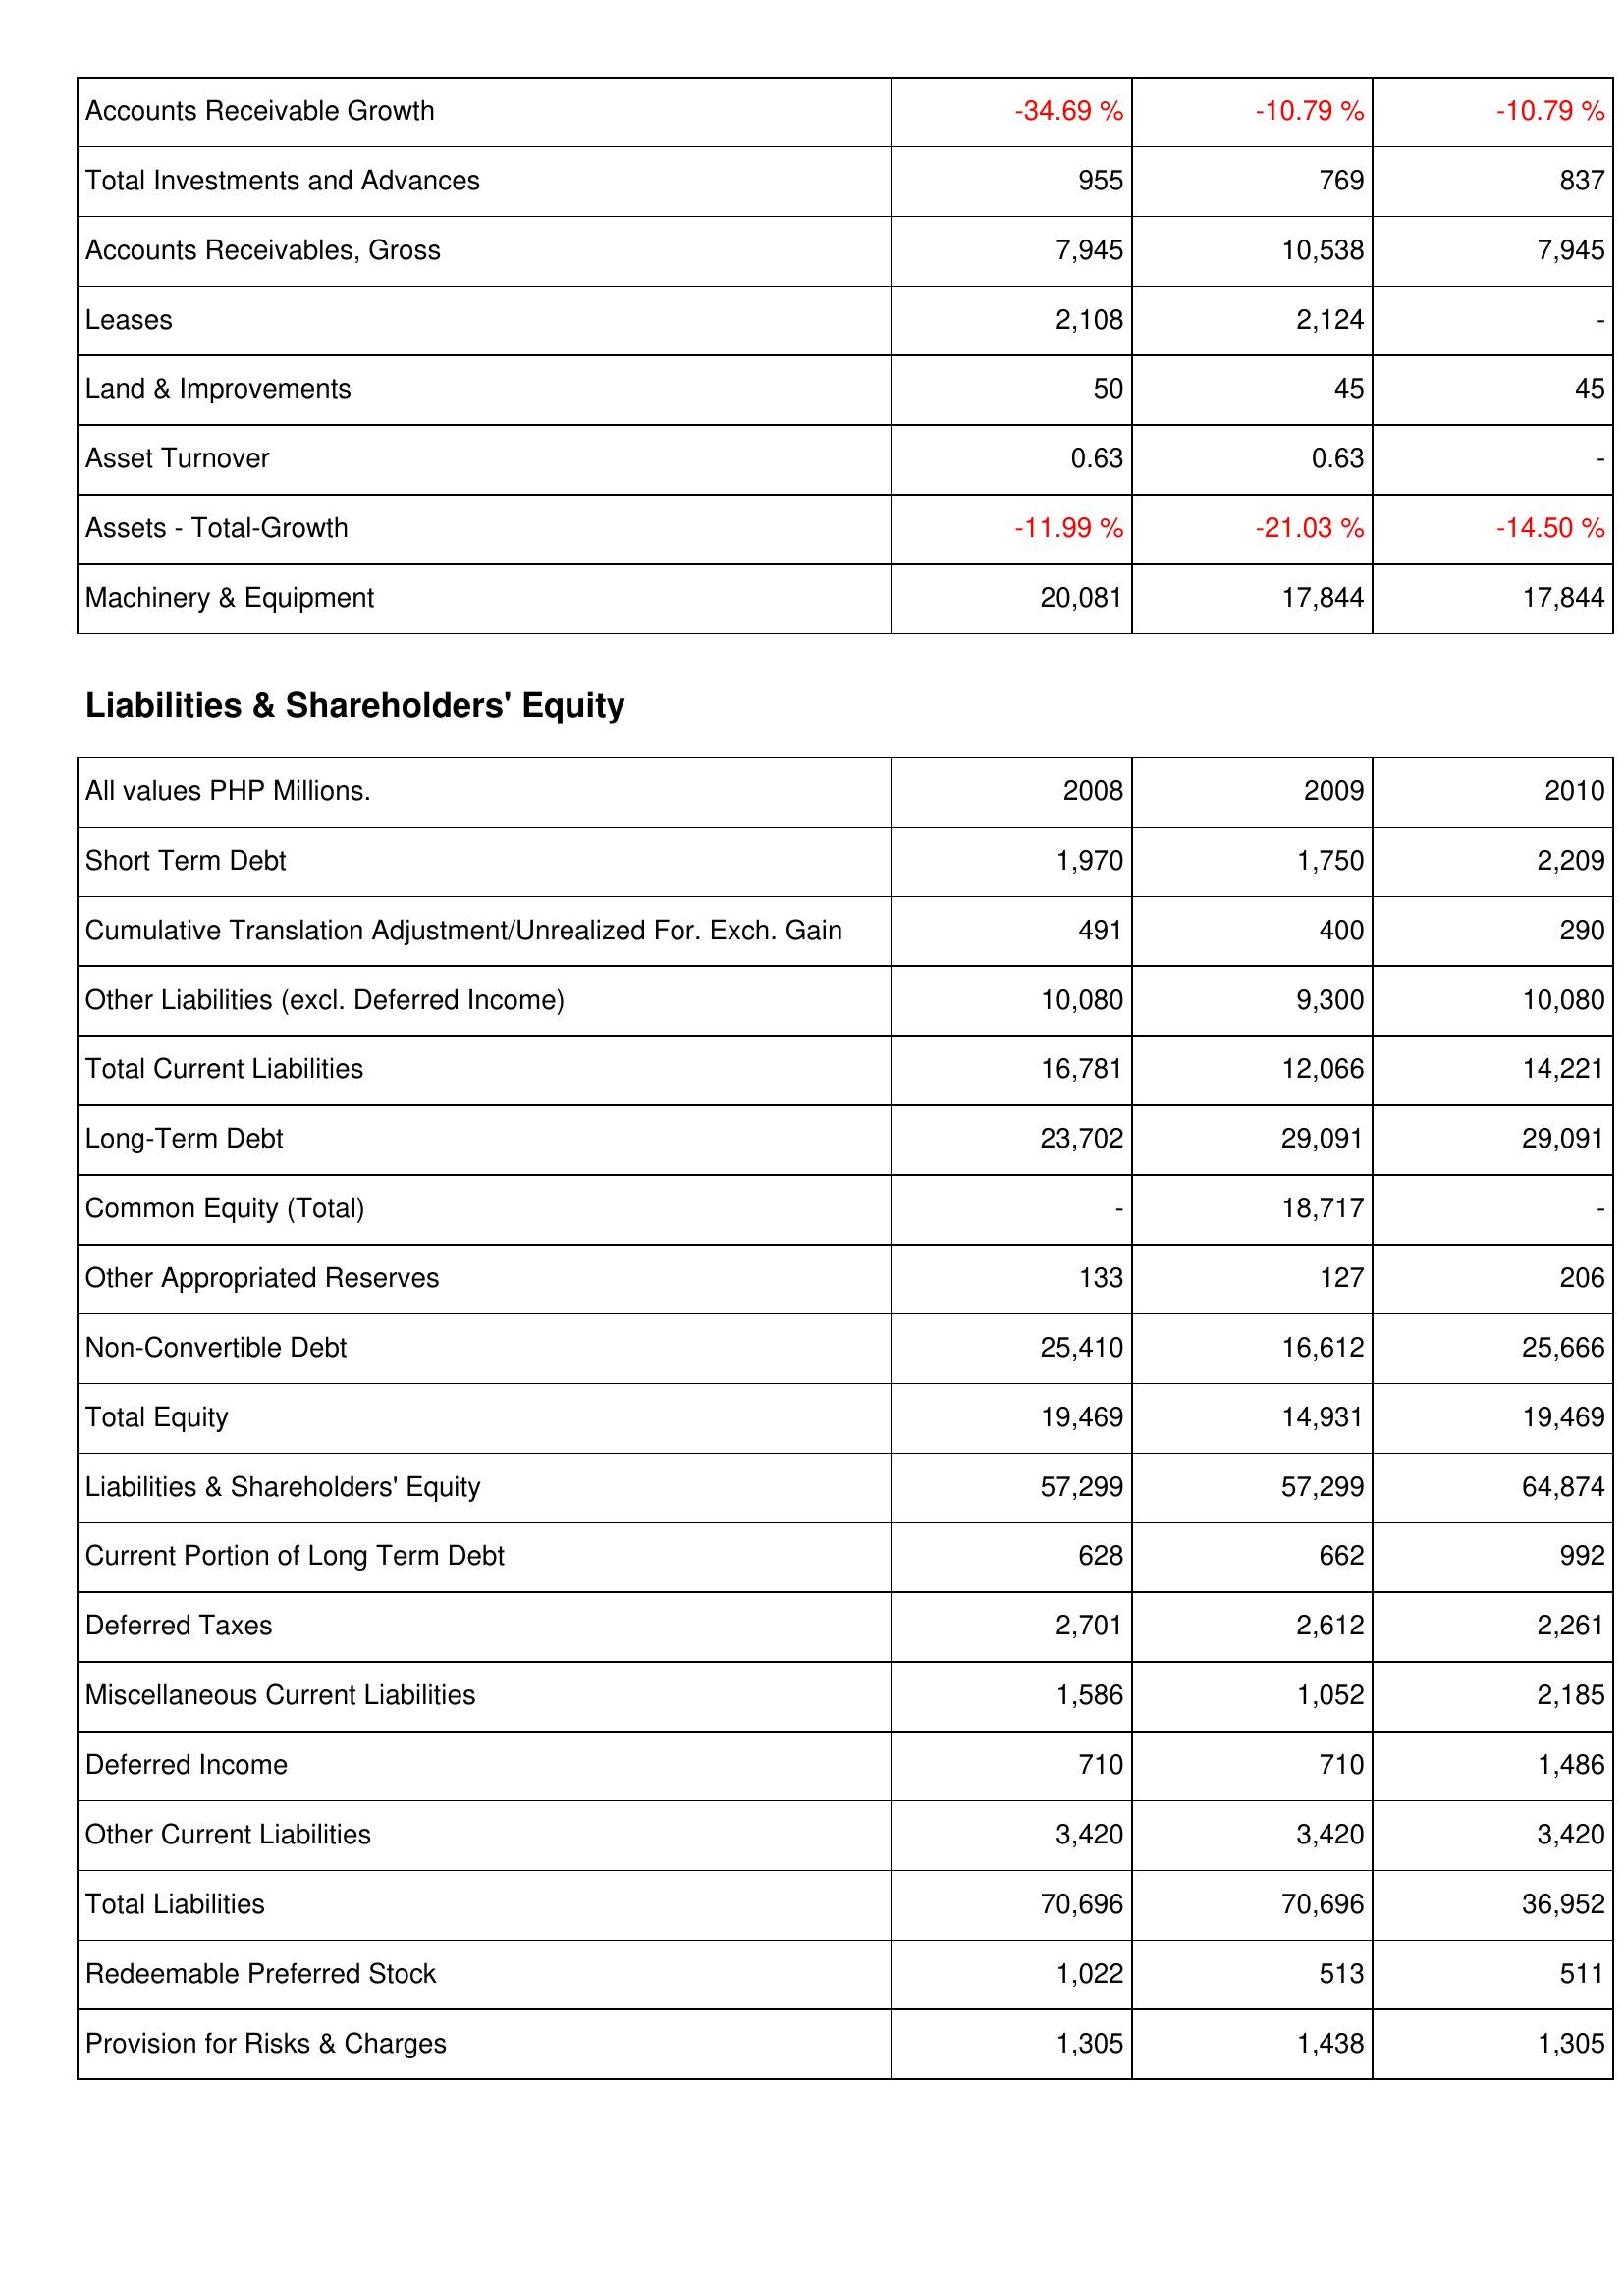
2008: Assets: Accounts Receivable Growth: -34.69 %
Total Investments and Advances: 955
Accounts Receivables, Gross: 7,945
Leases: 2,108
Land & Improvements: 50
Asset Turnover: 0.63
Assets - Total-Growth: -11.99 %
Machinery & Equipment: 20,081
Liabilities & Shareholders' Equity: Short Term Debt: 1,970
Cumulative Translation Adjustment/Unrealized For. Exch. Gain: 491
Other Liabilities (excl. Deferred Income): 10,080
Total Current Liabilities: 16,781
Long-Term Debt: 23,702
Common Equity (Total): -
Other Appropriated Reserves: 133
Non-Convertible Debt: 25,410
Total Equity: 19,469
Liabilities & Shareholders' Equity: 57,299
Current Portion of Long Term Debt: 628
Deferred Taxes: 2,701
Miscellaneous Current Liabilities: 1,586
Deferred Income: 710
Other Current Liabilities: 3,420
Total Liabilities: 70,696
Redeemable Preferred Stock: 1,022
Provision for Risks & Charges: 1,305
2009: Assets: Accounts Receivable Growth: -10.79 %
Total Investments and Advances: 769
Accounts Receivables, Gross: 10,538
Leases: 2,124
Land & Improvements: 45
Asset Turnover: 0.63
Assets - Total-Growth: -21.03 %
Machinery & Equipment: 17,844
Liabilities & Shareholders' Equity: Short Term Debt: 1,750
Cumulative Translation Adjustment/Unrealized For. Exch. Gain: 400
Other Liabilities (excl. Deferred Income): 9,300
Total Current Liabilities: 12,066
Long-Term Debt: 29,091
Common Equity (Total): 18,717
Other Appropriated Reserves: 127
Non-Convertible Debt: 16,612
Total Equity: 14,931
Liabilities & Shareholders' Equity: 57,299
Current Portion of Long Term Debt: 662
Deferred Taxes: 2,612
Miscellaneous Current Liabilities: 1,052
Deferred Income: 710
Other Current Liabilities: 3,420
Total Liabilities: 70,696
Redeemable Preferred Stock: 513
Provision for Risks & Charges: 1,438
2010: Assets: Accounts Receivable Growth: -10.79 %
Total Investments and Advances: 837
Accounts Receivables, Gross: 7,945
Leases: -
Land & Improvements: 45
Asset Turnover: -
Assets - Total-Growth: -14.50 %
Machinery & Equipment: 17,844
Liabilities & Shareholders' Equity: Short Term Debt: 2,209
Cumulative Translation Adjustment/Unrealized For. Exch. Gain: 290
Other Liabilities (excl. Deferred Income): 10,080
Total Current Liabilities: 14,221
Long-Term Debt: 29,091
Common Equity (Total): -
Other Appropriated Reserves: 206
Non-Convertible Debt: 25,666
Total Equity: 19,469
Liabilities & Shareholders' Equity: 64,874
Current Portion of Long Term Debt: 992
Deferred Taxes: 2,261
Miscellaneous Current Liabilities: 2,185
Deferred Income: 1,486
Other Current Liabilities: 3,420
Total Liabilities: 36,952
Redeemable Preferred Stock: 511
Provision for Risks & Charges: 1,305